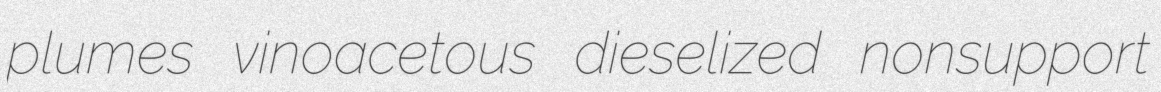
plumes vinoacetous dieselized nonsupport